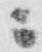
ニ